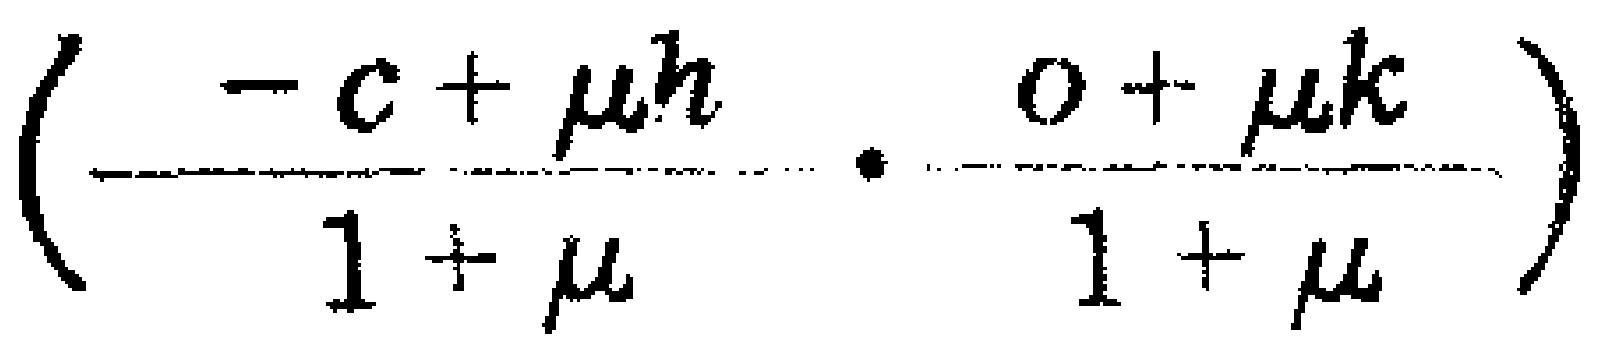
$\left(\frac{-c+\mu h}{1 + \mu}\cdot\frac{0+\mu k}{1 + \mu}\right)$